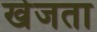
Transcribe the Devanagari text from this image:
खेजता